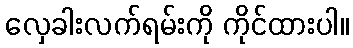
လှေခါးလက်ရမ်းကို ကိုင်ထားပါ။